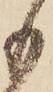
も